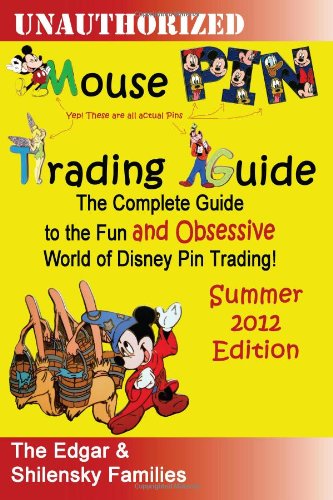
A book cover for Mouse Pin Trading: Summer 2012 B/W Edition: The Complete Guide to the Fun and Obsessive World of Disney Pin Trading!; Ron Edgar; Crafts, Hobbies & Home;